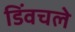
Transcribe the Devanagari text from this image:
डिंवचले